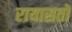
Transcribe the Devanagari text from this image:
रायासतों